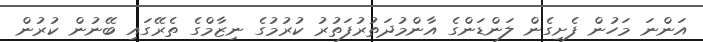
އަންނަ މަހުން ފެށިގެން ލަންޑަންގެ އާންމުދަތުރުފަތުރު ކުރުމުގެ ނިޒާމްގެ ތެރޭގައި ބޭނުން ކުރުން